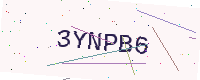
Text: 3YNPB6